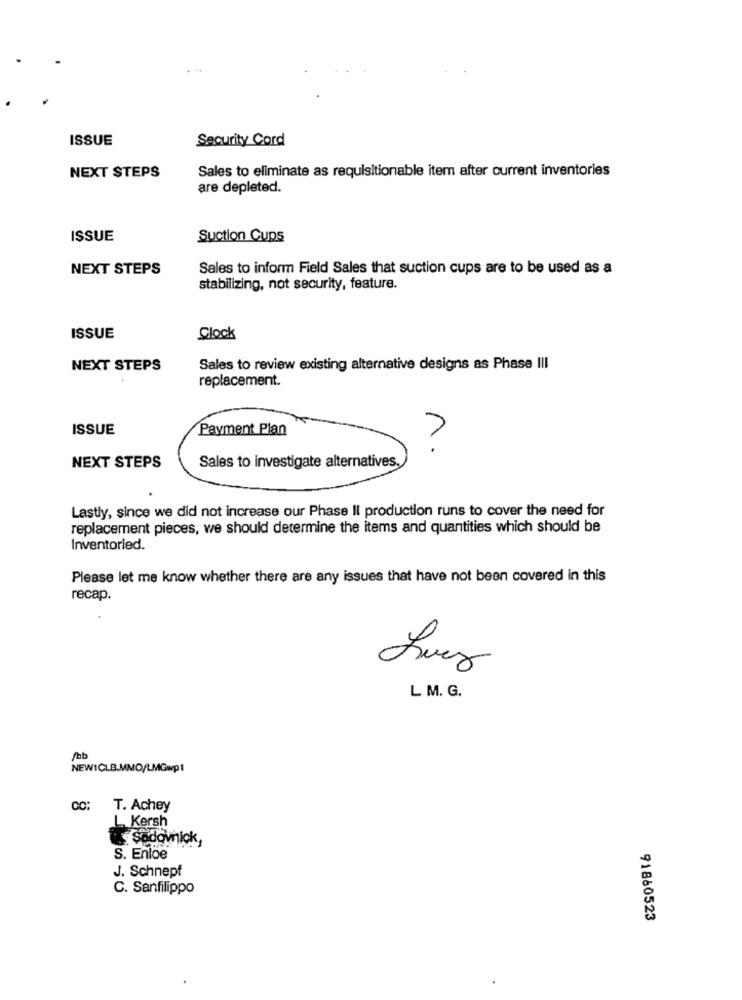
ISSUE
Security Cord
Sales to eliminate as requisitionable item after current inventories
NEXT STEPS
are depleted.
ISSUE
Suction Cups
NEXT STEPS
Sales to inform Field Sales that suction cups are to be used as a
stabilizing, not security, feature.
ISSUE
Clock
NEXT STEPS
Sales to review existing alternative designs as Phase III
replacement.
ISSUE
Payment Plan
1.
Sales to investigate alternatives.
NEXT STEPS
Lastly, since we did not increase our Phase Il production runs to cover the need for
replacement pieces, we should determine the items and quantities which should be
Inventoried.
Please let me know whether there are any issues that have not been covered in this
recap.
Lues
L M. G.
/bb
NEWICLB.MMO/LMGwpt
CC: T. Achey
L Kersh
Sadovnick,
S. Enloe
J. Schnepf
C. Sanfilippo
91860523